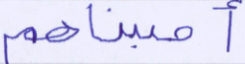
أصبناهم